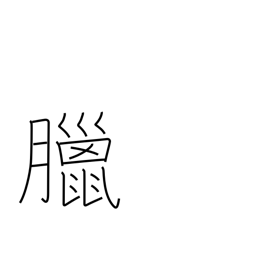
Meaning: 12th lunar month